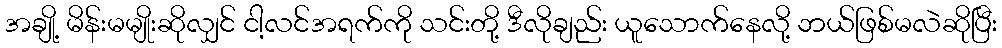
အချို့ မိန်းမမျိုးဆိုလျှင် ငါ့လင်အရက်ကို သင်းတို့ ဒီလိုချည်း ယူသောက်နေလို့ ဘယ်ဖြစ်မလဲဆိုပြီး